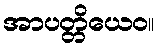
အာပတ္တိယေဝ။